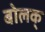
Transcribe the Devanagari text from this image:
बोलक्